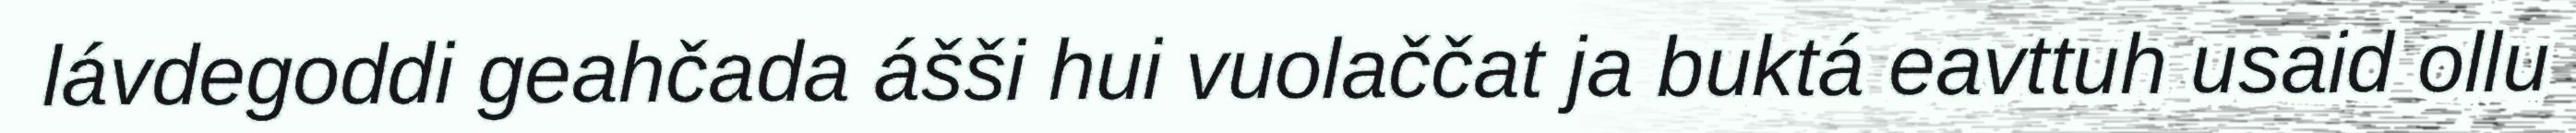
lávdegoddi geahčada ášši hui vuolaččat ja buktá eavttuh usaid ollu